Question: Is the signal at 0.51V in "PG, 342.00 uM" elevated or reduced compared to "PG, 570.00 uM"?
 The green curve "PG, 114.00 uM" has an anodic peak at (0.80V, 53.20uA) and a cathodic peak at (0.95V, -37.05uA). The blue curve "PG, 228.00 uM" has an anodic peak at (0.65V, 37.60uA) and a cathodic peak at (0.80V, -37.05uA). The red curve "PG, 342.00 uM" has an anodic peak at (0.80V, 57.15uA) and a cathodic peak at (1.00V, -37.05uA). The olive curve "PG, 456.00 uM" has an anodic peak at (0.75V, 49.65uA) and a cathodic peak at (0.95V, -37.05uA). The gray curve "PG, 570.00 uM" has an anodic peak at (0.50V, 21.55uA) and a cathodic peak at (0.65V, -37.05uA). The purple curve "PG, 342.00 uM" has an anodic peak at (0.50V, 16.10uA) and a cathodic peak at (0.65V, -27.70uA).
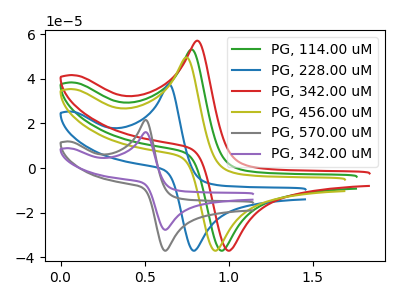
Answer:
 <answer>The peak at 0.51V is lower in "PG, 342.00 uM" than in "PG, 570.00 uM".</answer>
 <eval>lower</eval>